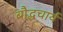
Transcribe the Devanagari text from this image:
बौद्धचार्य